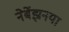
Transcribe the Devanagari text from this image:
नेर्बेझनया